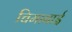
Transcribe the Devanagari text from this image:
चिमाबाई